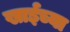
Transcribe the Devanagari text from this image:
खाईच्या